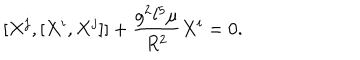
LaTeX: [ X ^ { j } , [ X ^ { i } , X ^ { j } ] ] + \frac { g ^ { 2 } l ^ { 5 } \mu } { R ^ { 2 } } X ^ { i } = 0 .